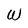
Character: W